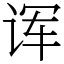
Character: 诨